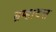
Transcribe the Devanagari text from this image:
ब्रम्हादत्त